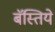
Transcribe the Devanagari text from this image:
बॅस्तिये